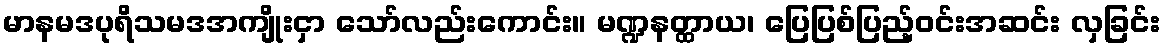
မာနမဒပုရိသမဒအကျိုးငှာ သော်လည်းကောင်း။ မဏ္ဍနတ္ထာယ၊ ပြေပြစ်ပြည့်ဝင်းအဆင်း လှခြင်း